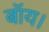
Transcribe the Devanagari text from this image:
बॉय।